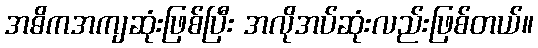
အဓိကအကျဆုံးဖြစ်ပြီး အလိုအပ်ဆုံးလည်းဖြစ်တယ်။